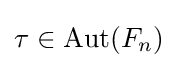
\tau \in \operatorname {Aut} (F_{n})